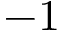
- 1